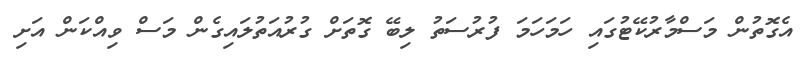
އެގޮތުން މަސްމާރުކޭޓުގައި ހަމަހަމަ ފުރުސަތު ލިބޭ ގޮތަށް ގުރުއަތުލައިގެން މަސް ވިއްކަން އަށި